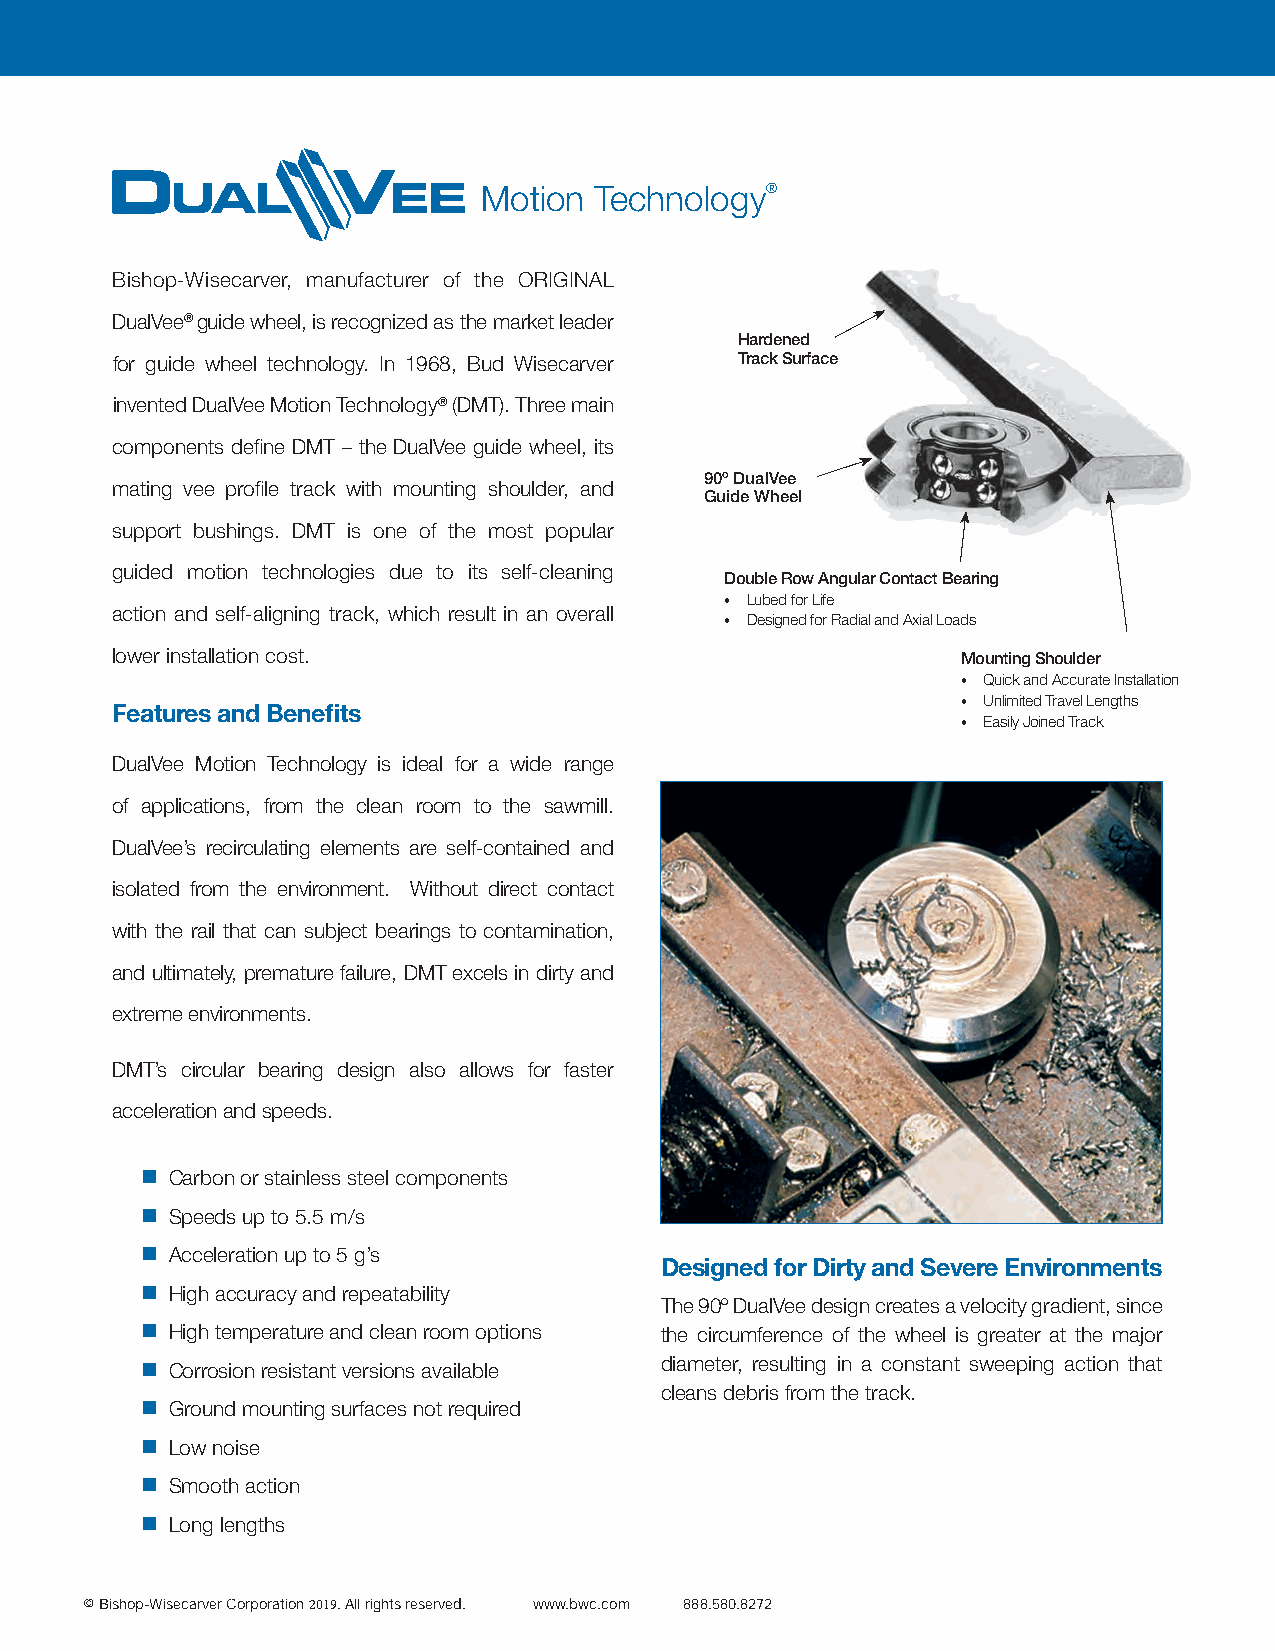
®
 Motion Technology®
 Bishop-Wisecarver, manufacturer of the ORIGINAL
 DualVee® guide wheel, is recognized as the market leader
 Hardened
 for guide wheel technology. In 1968, Bud Wisecarver Track Surface
 invented DualVee Motion Technology® (DMT). Three main
 components define DMT – the DualVee guide wheel, its
 90º DualVee
 mating vee profile track with mounting shoulder, and
 Guide Wheel
 support bushings. DMT is one of the most popular
 guided motion technologies due to its self-cleaning
 Double Row Angular Contact Bearing
 • Lubed for Life
 action and self-aligning track, which result in an overall
 • Designed for Radial and Axial Loads
 lower installation cost.                                 Mounting Shoulder
 • Quick and Accurate Installation
 • Unlimited Travel Lengths
 Features and Benefits
 • Easily Joined Track
 DualVee Motion Technology is ideal for a wide range
 of applications, from the clean room to the sawmill.
 DualVee’s recirculating elements are self-contained and
 isolated from the environment. Without direct contact
 with the rail that can subject bearings to contamination,
 and ultimately, premature failure, DMT excels in dirty and
 extreme environments.
 DMT’s circular bearing design also allows for faster
 acceleration and speeds.
  Carbon or stainless steel components
  Speeds up to 5.5 m/s
  Acceleration up to 5 g’s
 Designed for Dirty and Severe Environments
  High accuracy and repeatability
 The 90º DualVee design creates a velocity gradient, since
  High temperature and clean room options the circumference of the wheel is greater at the major
  Corrosion resistant versions available diameter, resulting in a constant sweeping action that
 cleans debris from the track.
  Ground mounting surfaces not required
  Low noise
  Smooth action
  Long lengths
 © Bishop-Wisecarver Corporation 2019. All rights reserved. www.bwc.com 888.580.8272